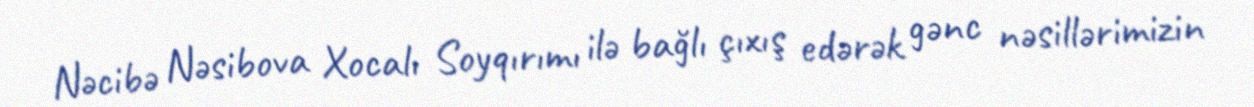
Nəcibə Nəsibova Xocalı Soyqırımı ilə bağlı çıxış edərək gənc nəsillərimizin